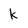
Character: k